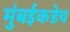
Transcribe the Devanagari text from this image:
मुंबईकडेच